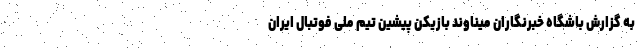
به گزارش باشگاه خبرنگاران میناوند بازیکن پیشین تیم ملی فوتبال ایران